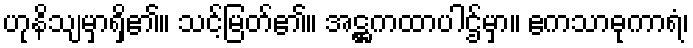
ဟုနိသျမှာရှိ၏။ သင့်မြတ်၏။ အဋ္ဌကထာပါဌ်မှာ။ ဧကသာဓုကာရံ၊